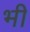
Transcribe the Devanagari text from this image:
भ्‍ाी